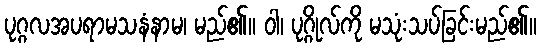
ပုဂ္ဂလအပရာမသနံနာမ၊ မည်၏။ ဝါ၊ ပုဂ္ဂိုလ်ကို မသုံးသပ်ခြင်းမည်၏။